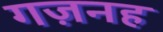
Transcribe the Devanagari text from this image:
गज़नह